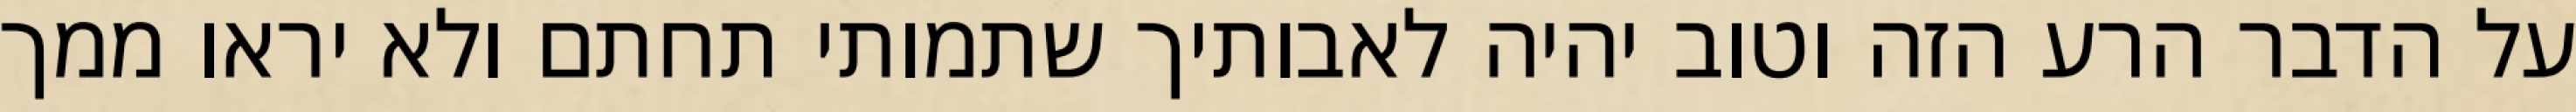
על הדבר הרע הזה וטוב יהיה לאבותיך שתמותי תחתם ולא יראו ממך